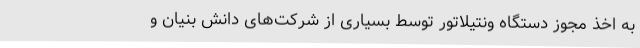
به اخذ مجوز دستگاه ونتیلاتور توسط بسیاری از شرکت‌های دانش بنیان و